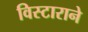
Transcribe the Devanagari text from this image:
विस्टाराने